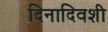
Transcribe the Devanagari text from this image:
दिनादिवशी